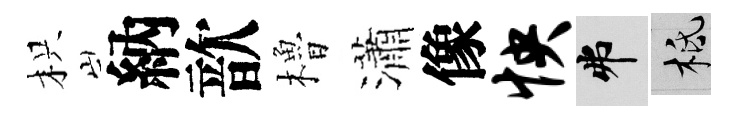
枳納歆櫓瀟像怏弗柢